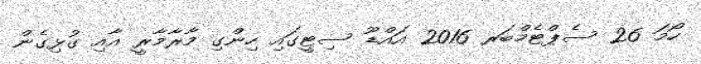
ހޯމަ 26 ސެޕްޓެމްބަރ 2016 އައްޑޫ ސިޓީގައި ހިންގި މާރާމާރީ އާއި ގުޅިގެން